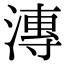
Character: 漙